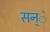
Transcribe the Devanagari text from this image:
सन्ॅ